Report of the Municipal Commissioner on the plague in Bombay for the year ending 31st May... - Volume 1
Disease focus: Plague
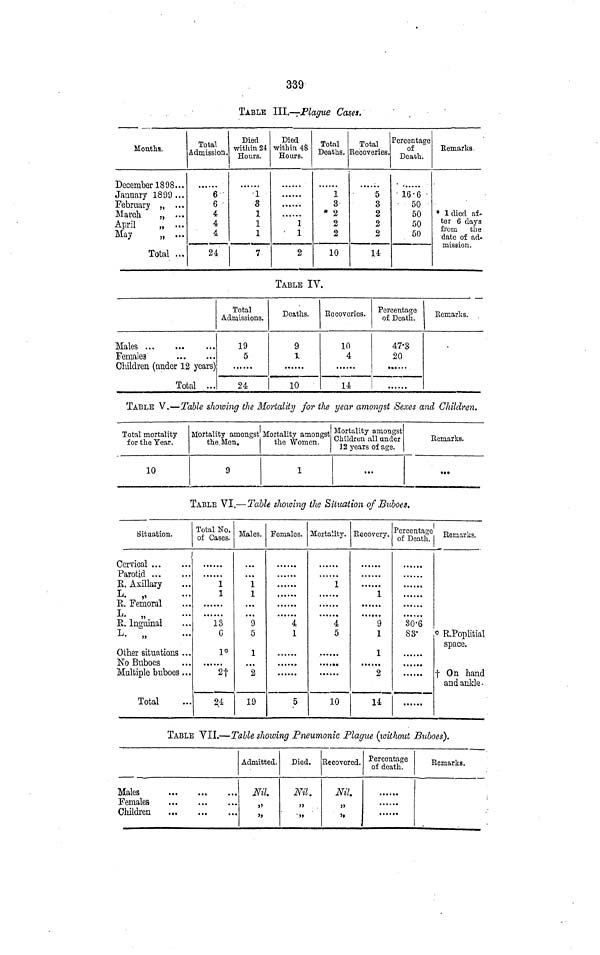
339
TABLE III.—Plague Cas.es.
Mouths.
December 18 9£
January 1899
February ,,
March
„
April
„
May
„
Total
, t
»
Total
Admission.
6
6
4
4
4
24
Died
within 24
Hours.
1
3
1
1
1
7
Died
within 48
Hours.
1
1
2
Total
Deaths,
1
3
2
2
2
10
Total
Recoveries.
5
3
2
2
2
14
Percentage
of
Death.
16-6
50
50
50
50
Remarks
* I died af-
ter 6 days
from
the
date of ad-
mission.
TABLE IV.
Males ...
Females
...
.·.
Children (cinder 12 years)
Total ...
Total
Admissions.
19
5
24
Deaths.
9
1.
10
Recoveries.
10
4
14
Percentage
of Death.
47·3
20
..
Remarks.
TABLE V.—Table showing the Mortality for the year amongst Sexes and Children.
Total mortality
for the Year.
10
Mortality amongst
the Men.
9
Mortality amongst
the Women.
1
Mortality amongst
Children all under
12 years of age.
...
Remarks.
.«»
TABLE VI,—Table showing the Situation of Buboes.
(situation.
Cervical ...
Parotid . . .
R. Axillary
L. „
R. Femoral
L
R. Inguinal
L
Other situations
No Buboes
Multiple buboes
Total
...
...
...
...
...
...
...
Total No.
of Cases.
1
1
13
G
1*
2f
24
Males.
1
1
9
5
1
2
19
Females.
4
1
5
Mortality.
1
4
5
10
Recovery.
1
9
1
1
2
14
Percentage
of Death.
30·6
83·
......
Remarks.
* R.Poplitial
space.
+ On hand
and ankle ·
TABLE VII.—Table showing Pneumonic Plague (without Buboes).
Males
Females
Children
...
...
...
...
...
...
Admitted.
Nil.
,,
,,
Died.
Nil.
,,
,,
Recovered.
Nil
,,
,,
Percentage
of death.
Remarks.